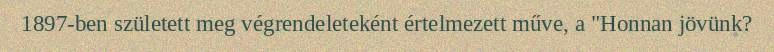
1897-ben született meg végrendeleteként értelmezett műve, a "Honnan jövünk?